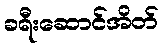
ခရီးဆောင်အိတ်